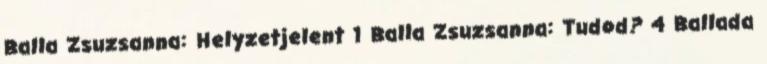
Balla Zsuzsanna: Helyzetjelent 1 Balla Zsuzsanna: Tudod? 4 Ballada